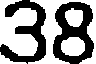
38